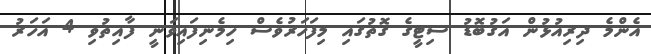
އެންމެ ދިރިއުޅުން އަގުބޮޑު ސިޓީގެ ގޮތުގައި މިފަހަރުވެސް ހިމެނިފައިވަނީ ފާއިތުވި 4 އަހަރު